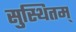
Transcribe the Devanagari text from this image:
सुस्थितम्